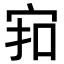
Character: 𪧊